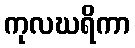
ကုလဃရိကာ